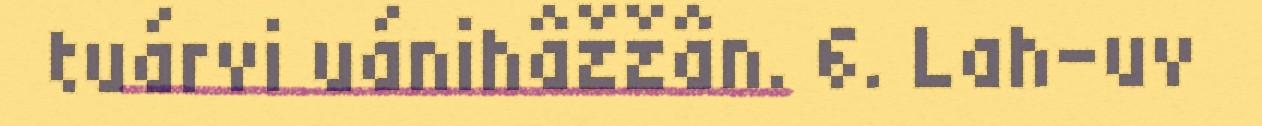
tuárvi uánihâžžân. 6. Lah-uv